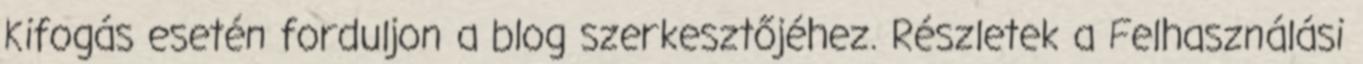
Kifogás esetén forduljon a blog szerkesztőjéhez. Részletek a Felhasználási